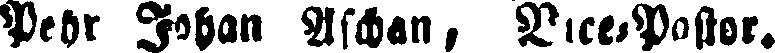
Pehr Johan Aschan, Vice-Pastor.